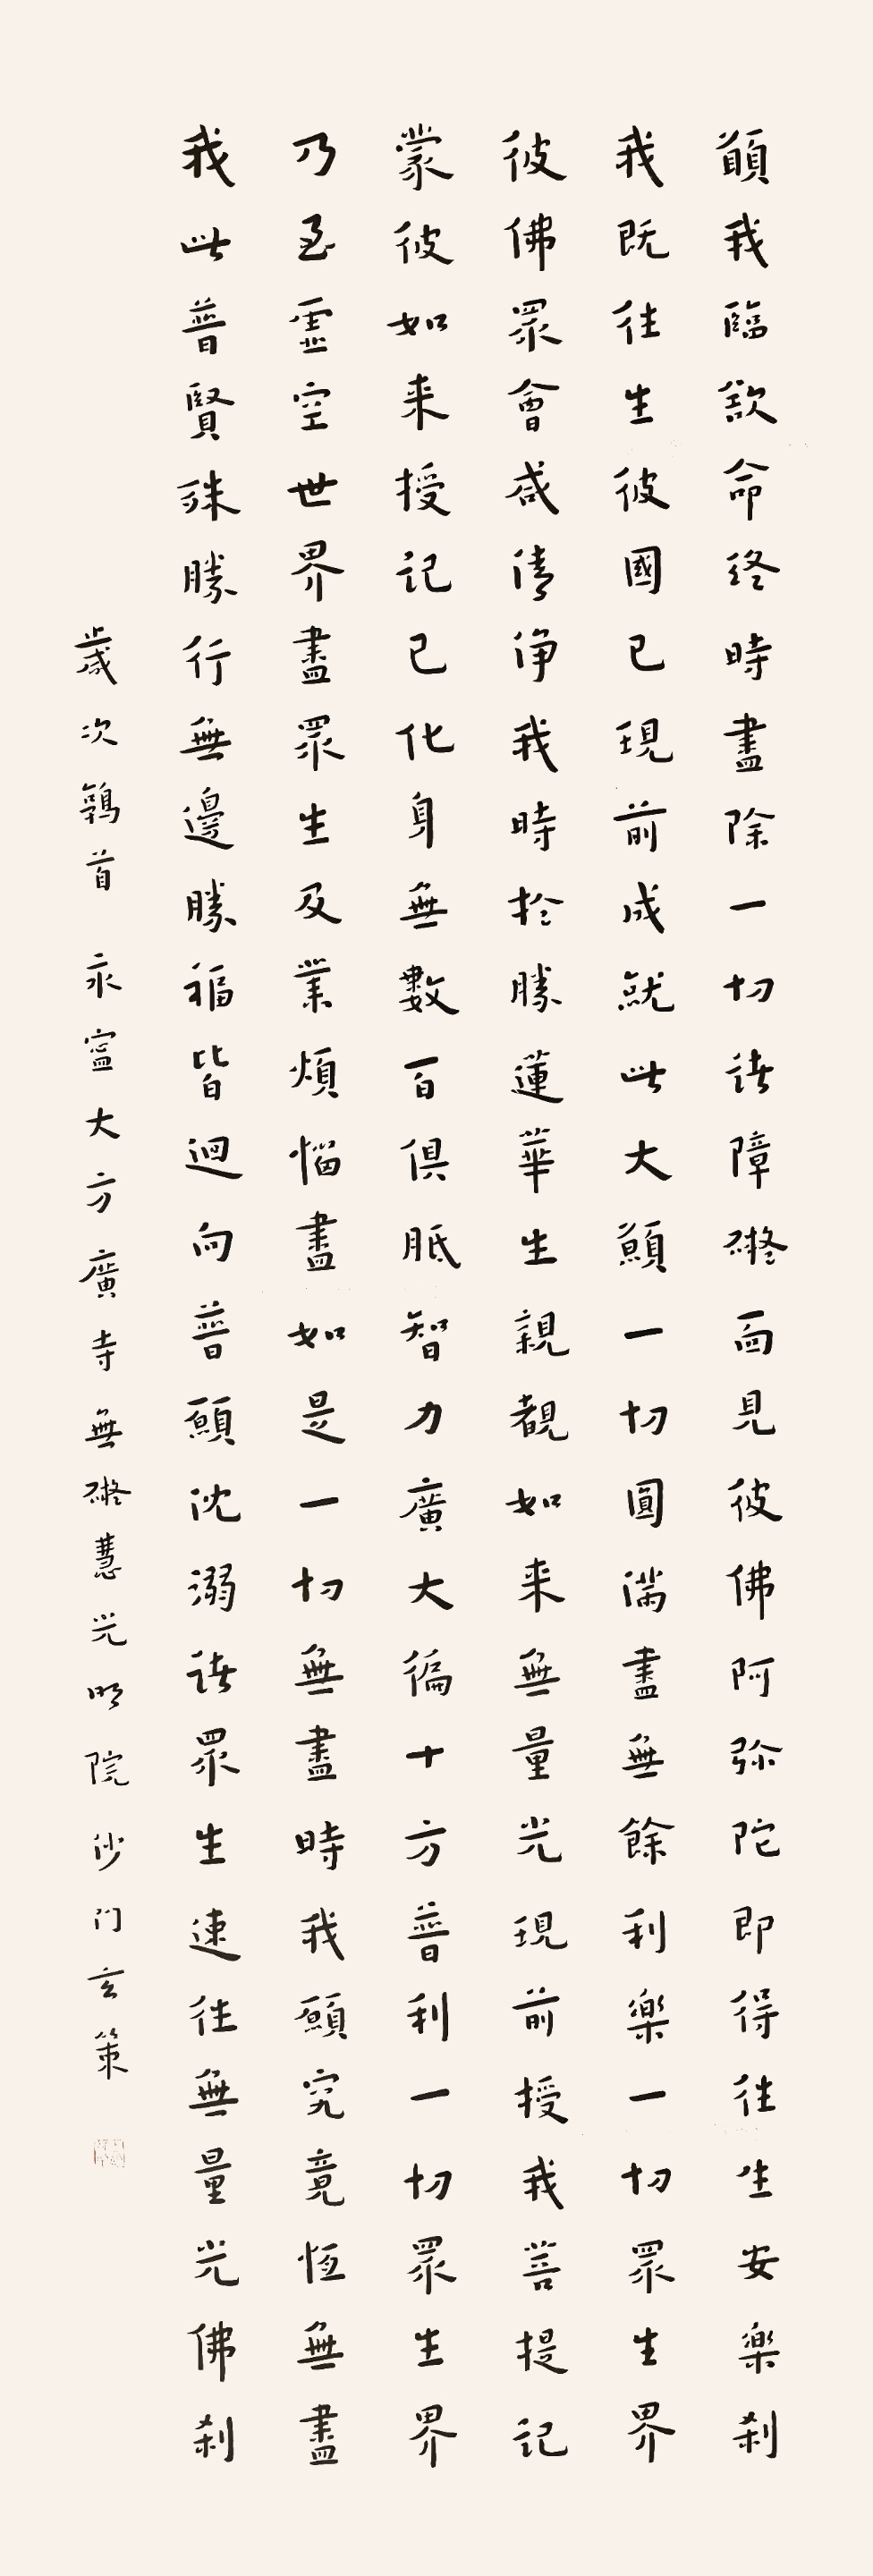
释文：愿我临欲命终时，尽除一切诸障碍。面见彼佛阿弥陀，即得往生安乐刹。我既往生彼国已，现前成就此大愿。一切圆满尽无余，利乐一切众生界。彼佛众会咸清净，我时于胜莲华生。亲睹如来无量光，现前授我菩提记。蒙彼如来授记已，化身无数百俱胝。智力广大遍十方，普利一切众生界。乃至虚空世界尽，众生及业烦恼尽。如是一切无尽时，我愿究竟恒无尽。我此普贤殊胜行，无边胜福皆回向。普愿沉溺诸众生，速往无量光佛刹。岁次鹑首，永宁大方广寺无碍慧光明院，沙门玄策。